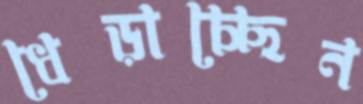
ধেড়াচ্ছেন